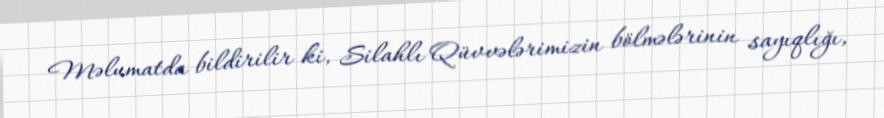
Məlumatda bildirilir ki, Silahlı Qüvvələrimizin bölmələrinin sayıqlığı,